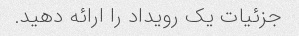
جزئیات یک رویداد را ارائه دهید.